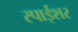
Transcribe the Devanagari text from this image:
स्पाईशर